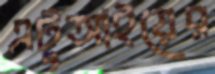
এটুআইয়ের